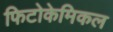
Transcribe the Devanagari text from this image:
फिटोकेमिकल